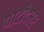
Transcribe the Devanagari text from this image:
पाटीदप्तर